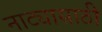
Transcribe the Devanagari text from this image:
नाट्यासाठी